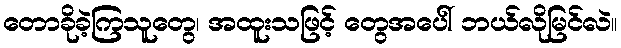
တောခိုခဲ့ကြသူတွေ၊ အထူးသဖြင့် တွေအပေါ် ဘယ်လိုမြင်လဲ။